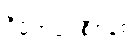
ဒီမိုကရေစီစနစ်